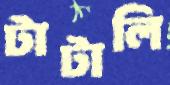
টাটালি